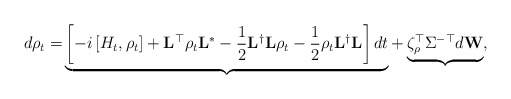
\begin{align*}d\rho_t = & \underbrace{\left[-i\left[H_t,\rho_t\right] + \mathbf{L}^{\top}\rho_t\mathbf{L}^{\ast} - \frac{1}{2}\mathbf{L}^{\dagger}\mathbf{L}\rho_t - \frac{1}{2}\rho_t\mathbf{L}^{\dagger}\mathbf{L}\right]dt }_{}+ \underbrace{\zeta_{\rho}^{\top}\Sigma^{-\top}d\mathbf{W}}_{},\end{align*}